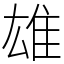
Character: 雄